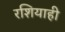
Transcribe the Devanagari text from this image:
रशियाही